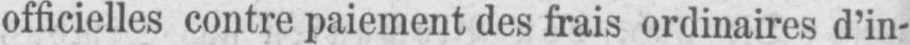
officielles contre paiement des frais ordinaires d’in-